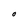
Character: 0